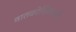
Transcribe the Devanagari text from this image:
वातकोशिकाओं